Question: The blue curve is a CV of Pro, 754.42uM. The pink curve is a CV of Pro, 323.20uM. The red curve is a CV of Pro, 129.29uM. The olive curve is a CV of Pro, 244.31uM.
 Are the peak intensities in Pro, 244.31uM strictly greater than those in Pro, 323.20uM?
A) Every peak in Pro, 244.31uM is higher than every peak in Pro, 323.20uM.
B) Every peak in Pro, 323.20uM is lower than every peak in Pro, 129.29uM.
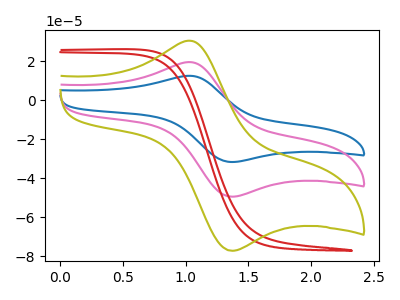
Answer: <think>The blue curve "Pro, 754.42uM" has an anodic peak at (1.05V, 39.05uA) and a cathodic peak at (1.35V, -98.95uA). The pink curve "Pro, 323.20uM" has an anodic peak at (1.05V, 19.55uA) and a cathodic peak at (1.35V, -49.50uA). The red curve "Pro, 129.29uM" has no peaks. The olive curve "Pro, 244.31uM" has an anodic peak at (1.05V, 30.50uA) and a cathodic peak at (1.35V, -77.25uA).</think>
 <answer>A) Every peak in "Pro, 244.31uM" is higher than every peak in "Pro, 323.20uM".</answer>
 <eval>A</eval>